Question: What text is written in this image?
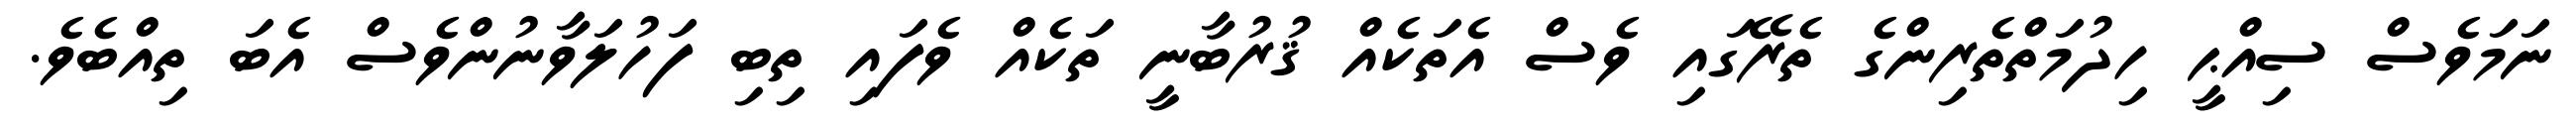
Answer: ނަމަވެސް ސިއްޙީ ހިދުމަތްތެރިންގެ ތެރޭގައި ވެސް އެތަކެއް ޤުރުބާނީ ތަކެއް ވެފައި ތިބި ފަހުލަވާނުންވެސް އެބަ ތިއްބެވެ.